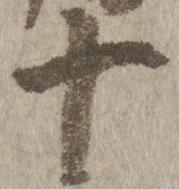
十